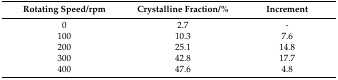
| Rotating Speed/rpm | Crystalline Fraction/% | Increment |
 | --- | --- | --- |
 | 0 | 2.7 | - |
 | 100 | 10.3 | 7.6 |
 | 200 | 25.1 | 14.8 |
 | 300 | 42.8 | 17.7 |
 | 400 | 47.6 | 4.8 |